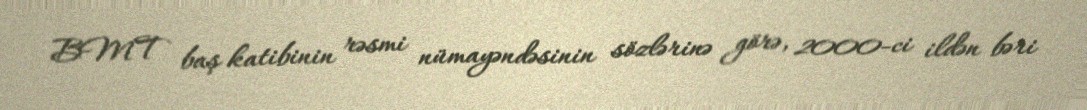
BMT baş katibinin rəsmi nümayəndəsinin sözlərinə görə, 2000-ci ildən bəri